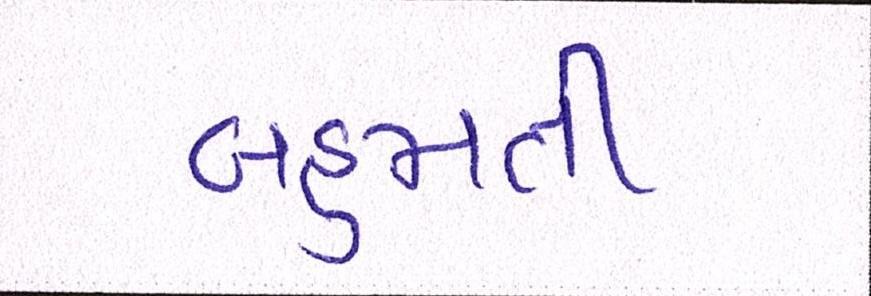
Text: બહુમતી